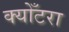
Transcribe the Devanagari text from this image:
क्योँटरा